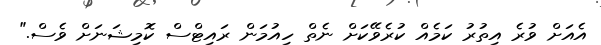
އެއަށް ވުރެ އިތުރު ކަމެއް ކުރެވޭކަށް ނެތް ހިއުމަން ރައިޓްސް ކޮމިޝަނަށް ވެސް."